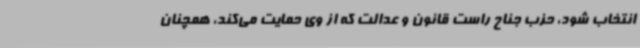
انتخاب شود، حزب جناح راست قانون و عدالت که از وی حمایت می‌کند، همچنان